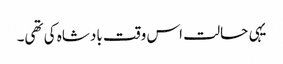
یہی حالت اس وقت بادشاہ کی تھی۔